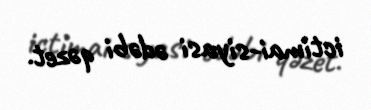
ictimai-siyasi ədəbi qəzet.